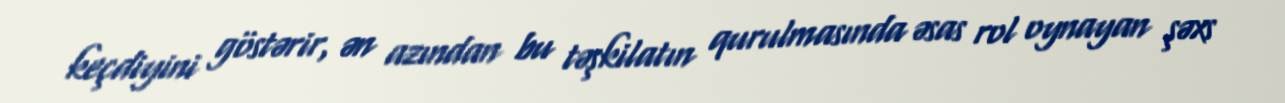
keçdiyini göstərir, ən azından bu təşkilatın qurulmasında əsas rol oynayan şəxs